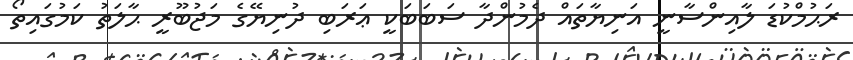
ރަޙުމްކުޑަ ލާއިންސާނީ އަނިޔާތައް ދެމުންދާ ސަބަބަކީ ޢަރަބި ދުނިޔޭގެ މަޖުބޫރީ ޙާލަތު ކަމުގައިތޯ